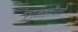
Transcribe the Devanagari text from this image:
समझौतो